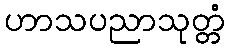
ဟာသပညာသုတ္တံ